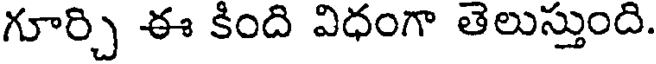
గూర్చి ఈ కింది విధంగా తెలుస్తుంది.